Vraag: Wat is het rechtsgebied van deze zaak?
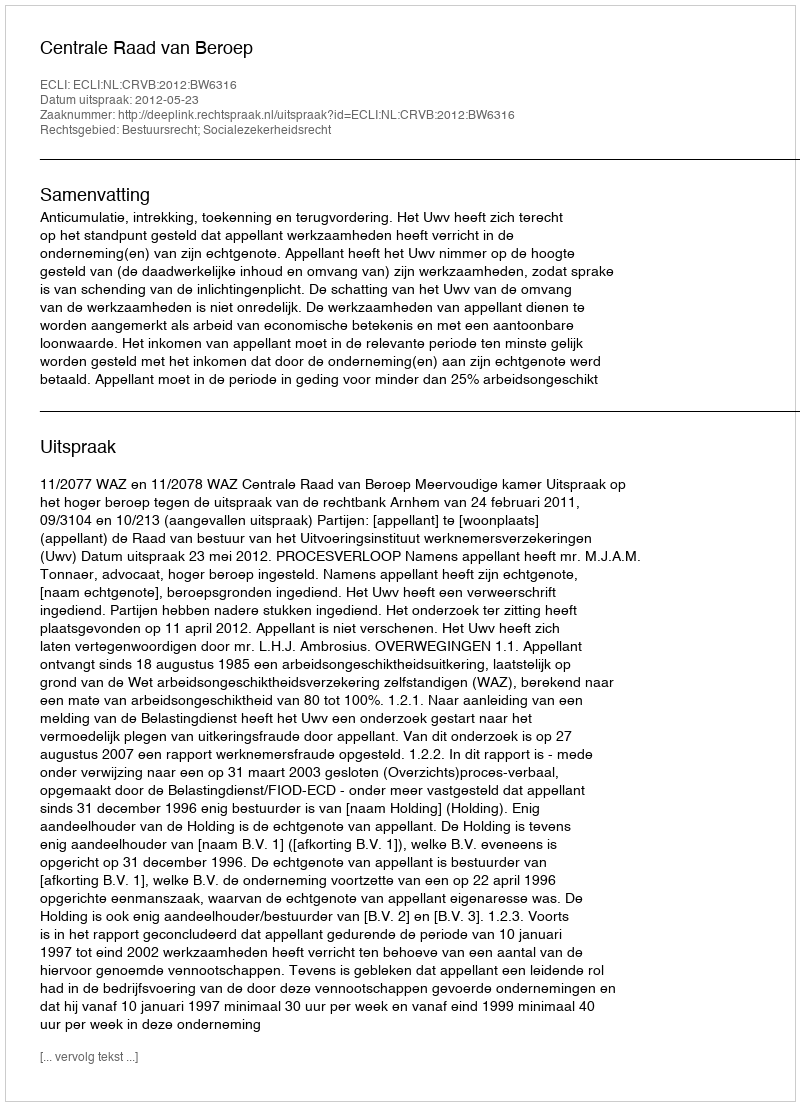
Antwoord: Bestuursrecht; Socialezekerheidsrecht